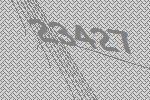
23427